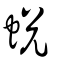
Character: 蛻